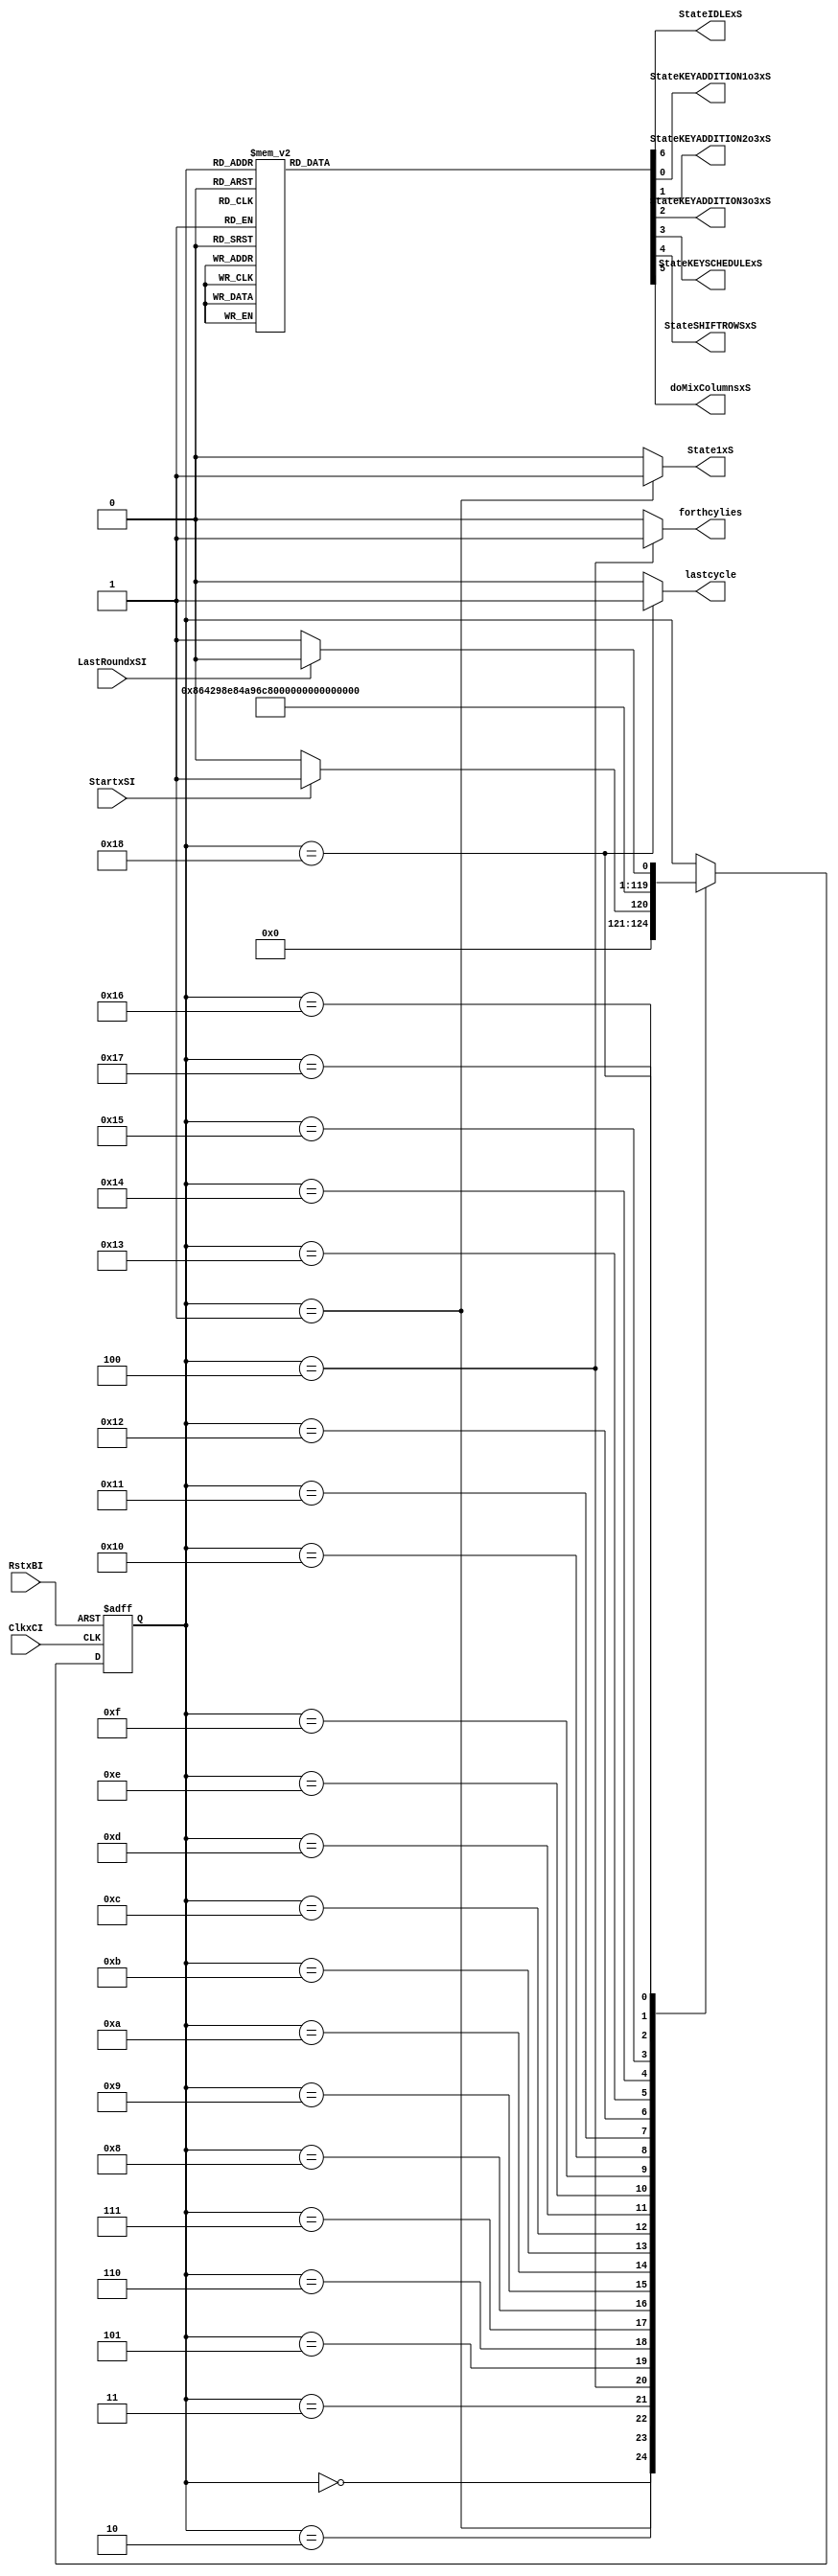
`timescale 1ns / 1ps
//////////////////////////////////////////////////////////////////////////////////
// Company: 
// Engineer: 
// 
// Design Name: 
// Module Name:    aes_ctrl_lsfr 
// Project Name: 
// Target Devices: 
// Tool versions: 
// Description: 
//
// Dependencies: 
//
// Revision: 
// Revision 0.01 - File Created
// Additional Comments: 
//
//////////////////////////////////////////////////////////////////////////////////
//LSFR generates the state transitions
module aes_ctrl_lsfr(
   input           ClkxCI,
   input           RstxBI,
   input           StartxSI,   //start signal
   input           LastRoundxSI,      //last round
   output reg      StateIDLExS,   //IDLE State
   output reg      State1xS,   //State 1 is active
   output reg      StateKEYADDITION1o3xS,   // cycle 1  -> 4
   output reg      StateKEYADDITION2o3xS,   //cycle 5  -> 12
   output reg      StateKEYADDITION3o3xS,   //cycle 13 -> 16
   output reg      StateKEYSCHEDULExS,   //cycle 17 -> 19
   output reg      StateSHIFTROWSxS,   //cycle 20 , performs StateSHIFTROWSxS at S output
   output reg      doMixColumnsxS,   //cycle 21 -> 24, performs MixColumns at S output
	output reg      forthcylies,   //cycle 4
	output reg      lastcycle   //cycle 24
);
   
   parameter [4:0] STATE_0 = 5'b00000;
   parameter [4:0] STATE_1 = 5'b00001;
   parameter [4:0] STATE_2 = 5'b00010;
   parameter [4:0] STATE_3 = 5'b00011;
   parameter [4:0] STATE_4 = 5'b00100;
   parameter [4:0] STATE_5 = 5'b00101;
   parameter [4:0] STATE_6 = 5'b00110;
   parameter [4:0] STATE_7 = 5'b00111;
   parameter [4:0] STATE_8 = 5'b01000;
   parameter [4:0] STATE_9 = 5'b01001;
   parameter [4:0] STATE_10 = 5'b01010;
   parameter [4:0] STATE_11 = 5'b01011;
   parameter [4:0] STATE_12 = 5'b01100;
   parameter [4:0] STATE_13 = 5'b01101;
   parameter [4:0] STATE_14 = 5'b01110;
   parameter [4:0] STATE_15 = 5'b01111;
   parameter [4:0] STATE_16 = 5'b10000;
   parameter [4:0] STATE_17 = 5'b10001;
   parameter [4:0] STATE_18 = 5'b10010;
   parameter [4:0] STATE_19 = 5'b10011;
   parameter [4:0] STATE_20 = 5'b10100;
	parameter [4:0] STATE_21 = 5'b10101;
	parameter [4:0] STATE_22 = 5'b10110;
	parameter [4:0] STATE_23 = 5'b10111;
	parameter [4:0] STATE_24 = 5'b11000;
	
   reg [4:0]       LSFRxDN;   //LSFR registers
   reg [4:0]       LSFRxDP;
	
   always @(LSFRxDP or LastRoundxSI)
   begin  
	   //default assignments
      StateIDLExS = 1'b0;
      State1xS = 1'b0;
      StateKEYADDITION1o3xS = 1'b0;
      StateKEYADDITION2o3xS = 1'b0;
      StateKEYADDITION3o3xS = 1'b0;
      StateKEYSCHEDULExS = 1'b0;
      StateSHIFTROWSxS = 1'b0;
      doMixColumnsxS = 1'b0;
		forthcylies= 1'b0;
		lastcycle= 1'b0;
		
		// cycle 4
		if (LSFRxDP == STATE_4)
         forthcylies = 1'b1;
			
		// cycle 1	
      if (LSFRxDP == STATE_1)
         State1xS = 1'b1;
			
		// cycle 24	
      if (LSFRxDP == STATE_24)
         lastcycle = 1'b1;

      case (LSFRxDP)
         STATE_0 :
            StateIDLExS = 1'b1;
         STATE_1, STATE_2, STATE_3, STATE_4 :
            StateKEYADDITION1o3xS = 1'b1;
         STATE_5, STATE_6, STATE_7, STATE_8, STATE_9, STATE_10, STATE_11, STATE_12 :
            StateKEYADDITION2o3xS = 1'b1;
         STATE_13, STATE_14, STATE_15, STATE_16 :
            StateKEYADDITION3o3xS = 1'b1;
         STATE_17, STATE_18, STATE_19 :
            StateKEYSCHEDULExS = 1'b1;
         STATE_20  :
            StateSHIFTROWSxS = 1'b1;
			STATE_21,  STATE_22, STATE_23, STATE_24 : 
            doMixColumnsxS = 1'b1;
         default :
            ;
      endcase
   end
  
  //state transitions
   always @(LSFRxDP or LastRoundxSI or StartxSI)
   begin
      LSFRxDN = LSFRxDP;
      
      case (LSFRxDP)
         STATE_0 :
            if (StartxSI == 1'b1)
               LSFRxDN = STATE_1;
				else LSFRxDN = STATE_0;
         STATE_1:
				LSFRxDN = STATE_2;
         STATE_2 :
            LSFRxDN = STATE_3;
         STATE_3 :
            LSFRxDN = STATE_4;
         STATE_4 :
            LSFRxDN = STATE_5;
         STATE_5 :
            LSFRxDN = STATE_6;
         STATE_6 :
            LSFRxDN = STATE_7;
         STATE_7 :
            LSFRxDN = STATE_8;
         STATE_8 :
            LSFRxDN = STATE_9;
         STATE_9 :
            LSFRxDN = STATE_10;
         STATE_10 :
            LSFRxDN = STATE_11;
         STATE_11 :
            LSFRxDN = STATE_12;
         STATE_12 :
            LSFRxDN = STATE_13;
         STATE_13 :
            LSFRxDN = STATE_14;
         STATE_14 :
            LSFRxDN = STATE_15;
         STATE_15 :
            LSFRxDN = STATE_16;
         STATE_16 :
            LSFRxDN = STATE_17;
         STATE_17 :
            LSFRxDN = STATE_18;
         STATE_18 :
            LSFRxDN = STATE_19;
			STATE_19 :
            LSFRxDN = STATE_20;
			STATE_20 :
            LSFRxDN = STATE_21;
			STATE_21 :
            LSFRxDN = STATE_22;
			STATE_22 :
            LSFRxDN = STATE_23;
			STATE_23 :
            LSFRxDN = STATE_24;
			STATE_24 :
               if (LastRoundxSI == 1'b1)
                  LSFRxDN = STATE_0;
				   else LSFRxDN = STATE_1;
         default :
            ;
      endcase
   end
   
   always @(posedge ClkxCI or negedge RstxBI)
   begin
      if (RstxBI == 1'b0 )
         LSFRxDP <= STATE_0;
      else 
         LSFRxDP <= LSFRxDN;
   end
   
endmodule